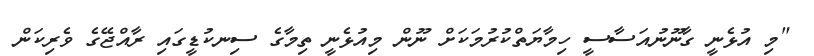
"މި އުޅެނީ ގާނޫނުއަސާސީ ހިމާޔަތްކުރުމަކަށް ނޫން މިއުޅެނީ ތިމާގެ ސިނކުޑީގައި ރާއްޖޭގެ ވެރިކަން